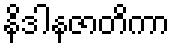
နိဒါနဇာတိကာ